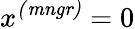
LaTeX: x^{\mathit{(mngr)}}=0